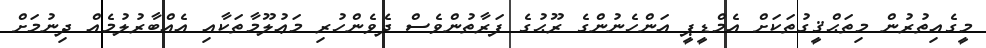
މީގެއިތުރުން މިތަޙްޤީގުތަކަށް އެމްޑީޕީ އަންހެނުންގެ ރޫޙުގެ ފަރާތުންވެސް ދެވެންހުރި މަޢުލޫމާތަކާއި އެއްބާރުލުމެއް ދިނުމަށް